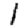
Digit: 1